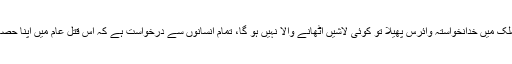
‘اگر اس ملک میں خدانخواستہ وائرس پھیلا تو کوئی لاشیں اٹھانے والا نہیں ہو گا، تمام انسانوں سے درخواست ہے کہ اس قتل عام میں اپنا حصہ نہ ڈالیں۔